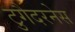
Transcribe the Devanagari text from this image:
टुगैदरनेस